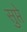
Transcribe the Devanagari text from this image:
सुप्ते